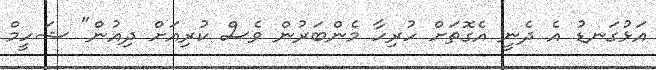
އަޅުގަނޑު އެ ދެނީ އެގޮތަށް ހުރިހާ މެންބަރުން ވެސް ކުރިއަށް ދިއުން" ޝަހީމް